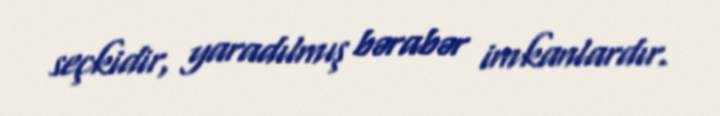
seçkidir, yaradılmış bərabər imkanlardır.